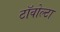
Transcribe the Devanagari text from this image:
टॉवोल्‍टा